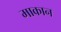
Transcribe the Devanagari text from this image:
माकान